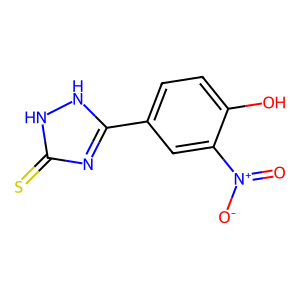
SMILES: O=[N+]([O-])c1cc(-c2nc(=S)[nH][nH]2)ccc1O
Inhibits HIV replication: No